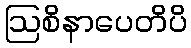
ဩစိနာပေတိပိ